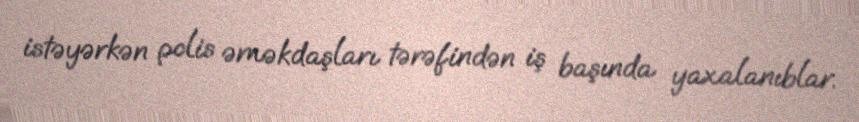
istəyərkən polis əməkdaşları tərəfindən iş başında yaxalanıblar.